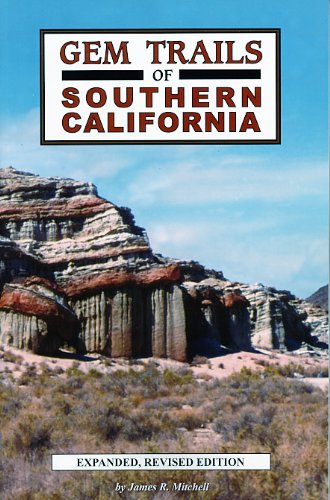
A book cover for Gem Trails of Southern California; James R. Mitchell; Science & Math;